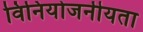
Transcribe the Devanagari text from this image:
विनियोजनीयता